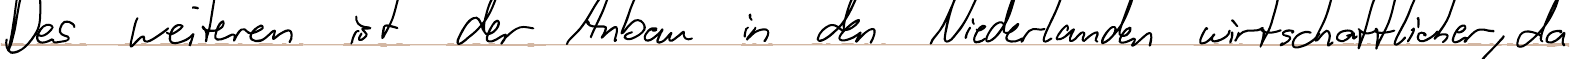
Des weiteren ist der Anbau in den Niederlanden wirtschaftlicher, da